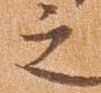
之